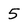
Character: 5